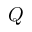
Q